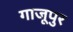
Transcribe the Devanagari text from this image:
गाजूपुर